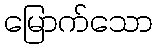
မြောက်သော